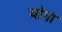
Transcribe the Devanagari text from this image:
योना